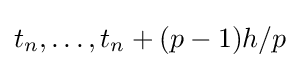
t_{n},\ldots ,t_{n}+(p-1)h/p